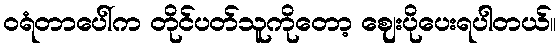
ဝရံတာပေါ်က တိုင်ပတ်သူကိုတော့ ဈေးပိုပေးရပါတယ်။